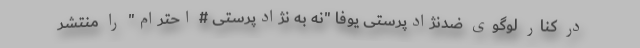
در کنار لوگوی ضدنژادپرستی یوفا "نه به نژادپرستی # احترام" را منتشر